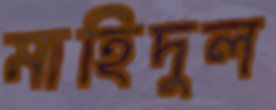
মাহিদুল